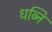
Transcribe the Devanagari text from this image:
धव्नि